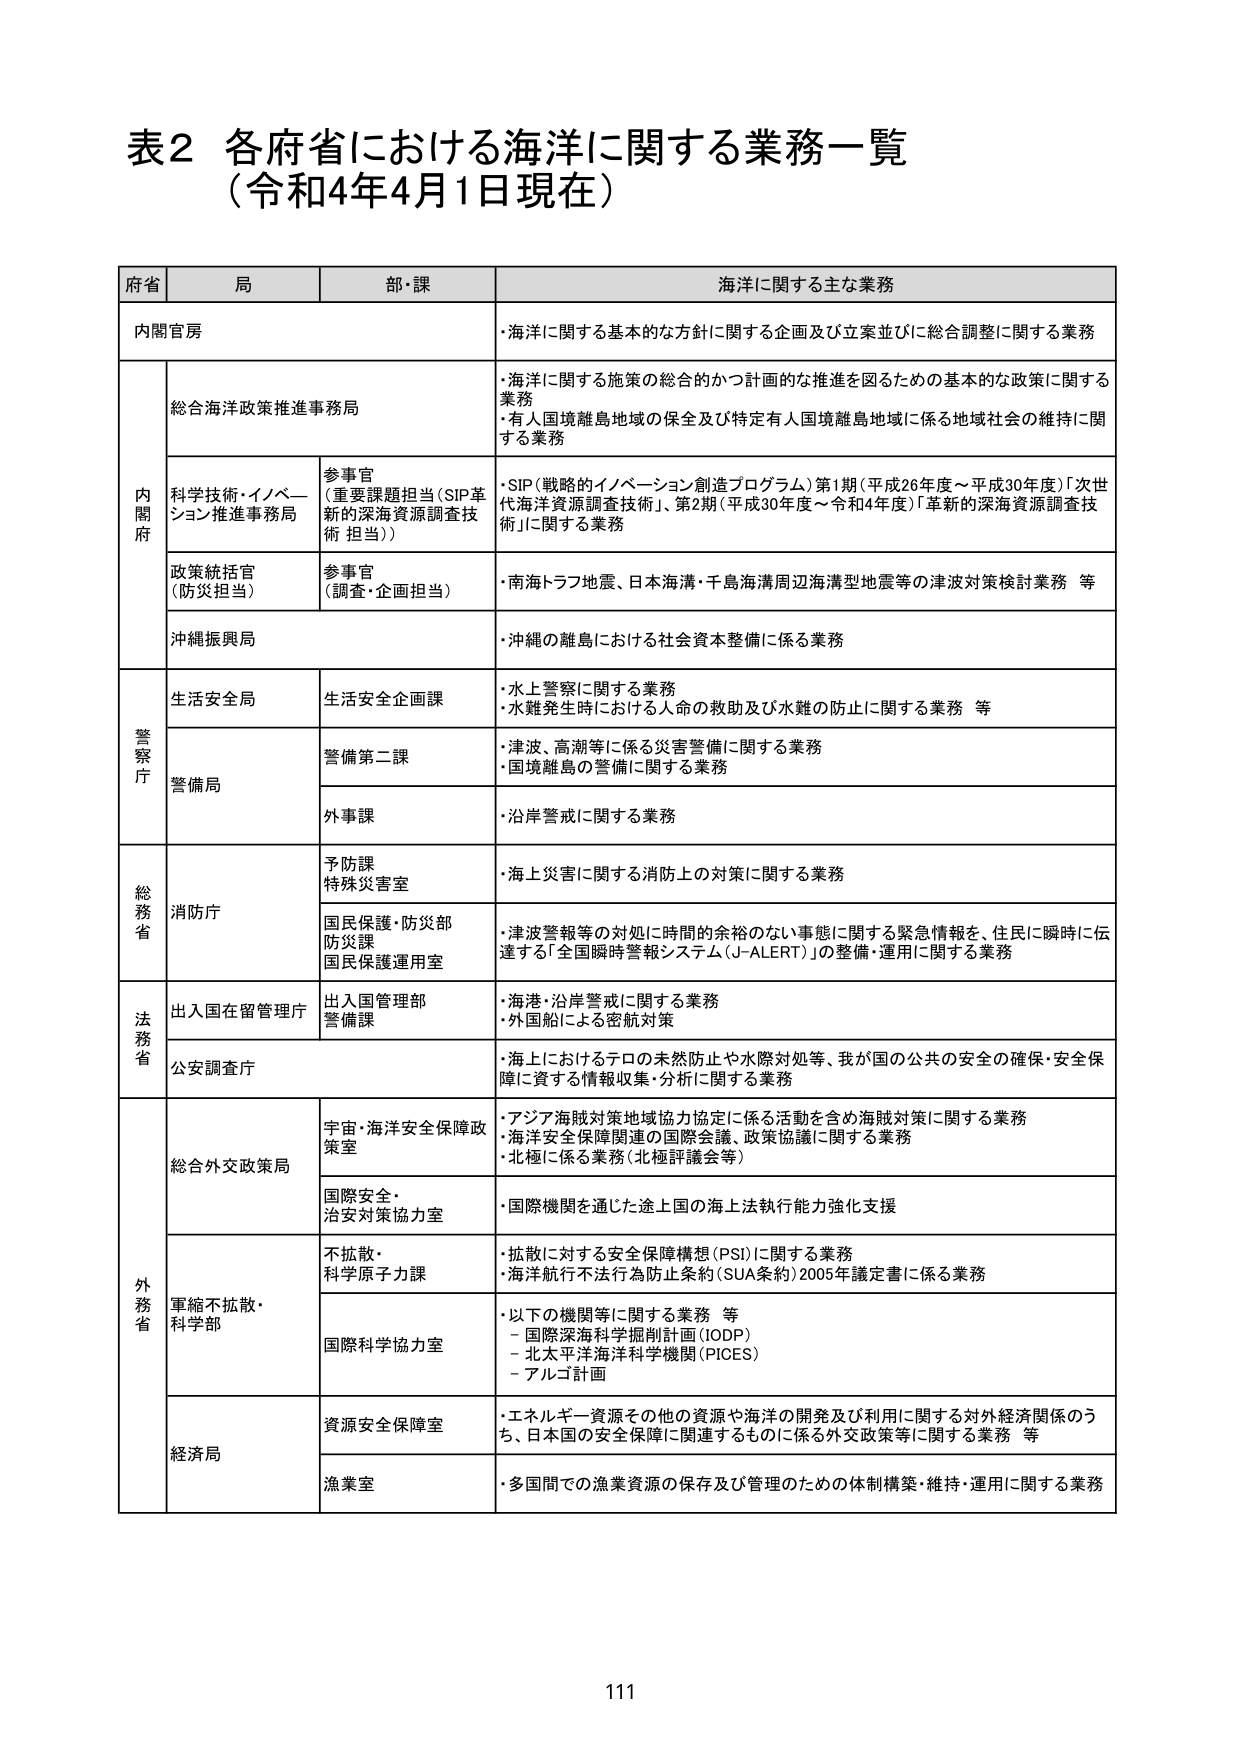
表2 各府省における海洋に関する業務一覧
（令和4年4月1日現在）

府省　局　部・課　海洋に関する主な業務

内閣官房
・海洋に関する基本的な方針に関する企画及び立案並びに総合調整に関する業務

内閣府
　総合海洋政策推進事務局
　・海洋に関する施策の総合的かつ計画的な推進を図るための基本的な政策に関する業務
　・有人国境離島地域の保全及び特定有人国境離島地域に係る地域社会の維持に関する業務

　科学技術・イノベーション推進事務局
　　参事官
　　（重要課題担当（SIP革新的深海資源調査技術担当））
　・SIP（戦略的イノベーション創造プログラム）第1期（平成26年度～平成30年度）「次世代海洋資源調査技術」、第2期（平成30年度～令和4年度）「革新的深海資源調査技術」に関する業務

　政策統括官（防災担当）
　　参事官（調査・企画担当）
　・南海トラフ地震、日本海溝・千島海溝周辺海溝型地震等の津波対策検討業務 等

　沖縄振興局
　・沖縄の離島における社会資本整備に係る業務

警察庁
　生活安全局
　　生活安全企画課
　・水上警察に関する業務
　・水難発生時における人命の救助及び水難の防止に関する業務 等

　警備局
　　警備第二課
　・津波、高潮等に係る災害警備に関する業務
　・国境離島の警備に関する業務

　　外事課
　・沿岸警戒に関する業務

総務省
　消防庁
　　予防課
　　特殊災害室
　・海上災害に関する消防上の対策に関する業務

　　国民保護・防災部
　　防災課
　　国民保護運用室
　・津波警報等の対処に時間的余裕のない事態に関する緊急情報を、住民に瞬時に伝達する「全国瞬時警報システム（J-ALERT）」の整備・運用に関する業務

法務省
　出入国在留管理庁
　　出入国管理部
　　警備課
　・海港・沿岸警戒に関する業務
　・外国船による密航対策

　公安調査庁
　・海上におけるテロの未然防止や水際対処等、我が国の公共の安全の確保・安全保障に資する情報収集・分析に関する業務

外務省
　総合外交政策局
　　宇宙・海洋安全保障政策室
　・アジア海賊対策地域協力協定に係る活動を含め海賊対策に関する業務
　・海洋安全保障関連の国際会議、政策協議に関する業務
　・北極に係る業務（北極評議会等）

　　国際安全・治安対策協力室
　・国際機関を通じた途上国の海上法執行能力強化支援

　軍縮不拡散・科学部
　　不拡散・科学原子力課
　・拡散に対する安全保障構想（PSI）に関する業務
　・海洋航行不法行為防止条約（SUA条約）2005年議定書に係る業務

　　国際科学協力室
　・以下の機関等に関する業務 等
　　－ 国際深海科学掘削計画（IODP）
　　－ 北太平洋海洋科学機関（PICES）
　　－ アルゴ計画

　経済局
　　資源安全保障室
　・エネルギー資源その他の資源や海洋の開発及び利用に関する対外経済関係のうち、日本国の安全保障に関連するものに係る外交政策等に関する業務 等

　　漁業室
　・多国間での漁業資源の保存及び管理のための体制構築・維持・運用に関する業務

111